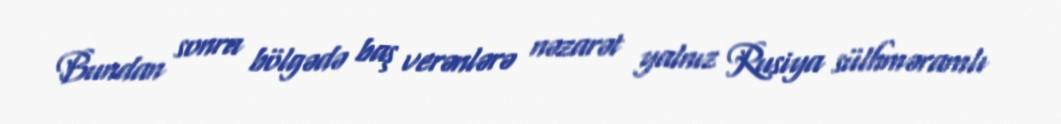
Bundan sonra bölgədə baş verənlərə nəzarət yalnız Rusiya sülhməramlı